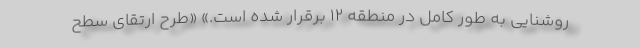
روشنايي به ‌طور كامل در منطقه ۱۲ برقرار شده است.» «طرح ارتقاي سطح